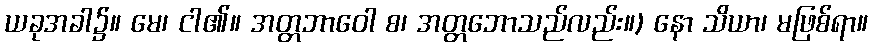
ယခုအခါ၌။ မေ၊ ငါ၏။ အတ္တဘာဝေါ စ၊ အတ္တဘောသည်လည်း။) နော သိယာ၊ မဖြစ်ရာ။